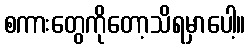
စကားတွေကိုတော့သိရမှာပေါ့။